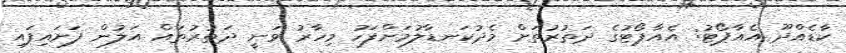
ކާޑެއްދޫ އެއާޕޯޓު: އެއާޕޯޓުގެ ދަތުރުތަށް މެދުކަނޑާލުމަށްފަހު މިހާރު ވަނީ ދަތުރުތައް އަލުން ފަށައިފައި